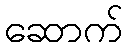
ဆောက်